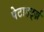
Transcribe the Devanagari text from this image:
पेटाहर्ट्ज़